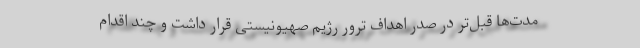
مدت‌ها قبل‌تر در صدر اهداف ترور رژیم صهیونیستی قرار داشت و چند اقدام